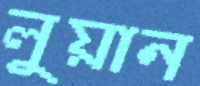
লুয়ান